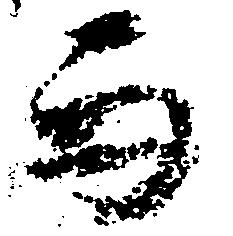
而